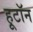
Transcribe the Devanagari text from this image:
हूटॉन